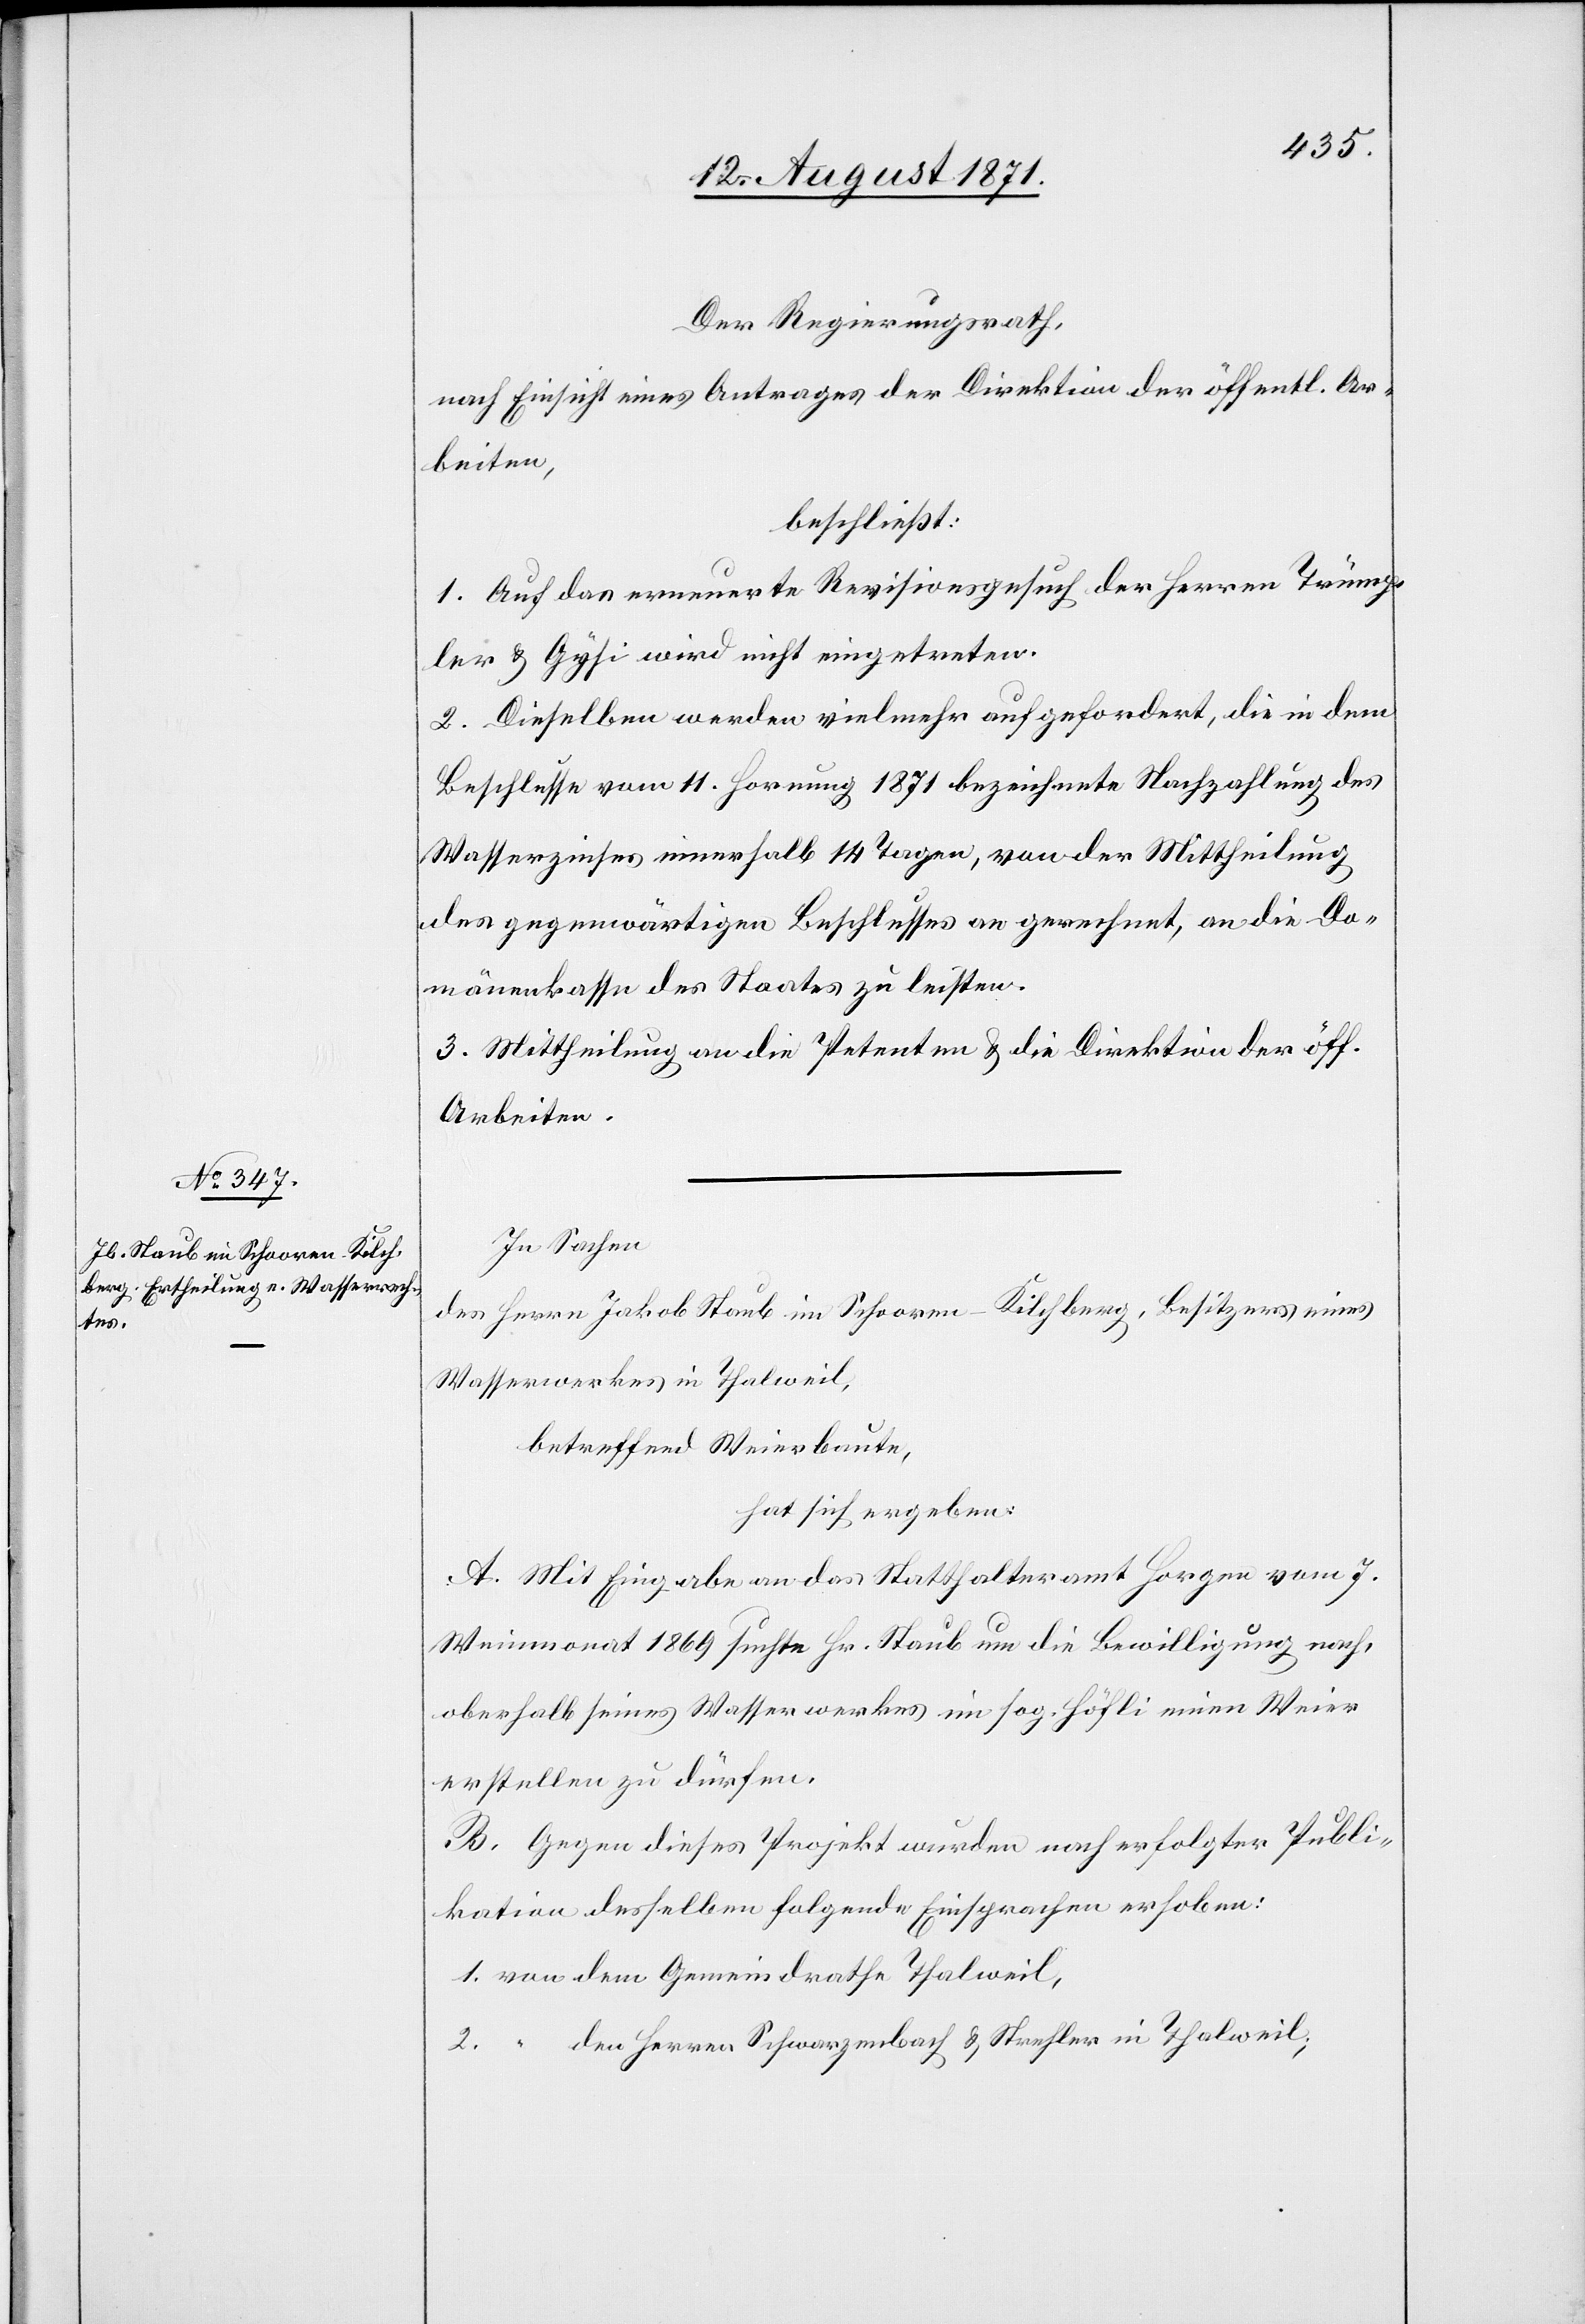
Der Regierungsrath,
nach Einsicht eines Antrages der Direktion der öffentl. Ar¬
beiten,
beschließt:
1. Auf das erneuerte Revisionsgesuch der Herren Trümp¬
ler & Gysi wird nicht eingetreten.
2. Dieselben werden vielmehr aufgefordert, die in dem
Beschlusse vom 11. Hornung 1871 bezeichnete Nachzahlung des
Wasserzinses innerhalb 14 Tagen, von der Mittheilung
des gegenwärtigen Beschlusses an gerechnet, an die Do¬
mänenkasse des Staates zu leisten.
3. Mittheilung an die Petenten & die Direktion der öff.
Arbeiten.
In Sachen
der Herren Jakob Staub in Schooren Kilchberg, Besitzer eines
Wasserwerkes in Thalweil,
betreffend Weierbaute,
hat sich ergeben:
A. Mit Eingabe an das Statthalteramt Horgen vom 7.
Weinmonat 1869 suchte Hr. Staub um die Bewilligung nach,
oberhalb seines Wasserwerkes im sog. Höfli einen Weier
erstellen zu dürfen.
B. Gegen dieses Projekt wurden nach erfolgter Publi¬
kation derselben folgende Einsprachen erhoben:
1. von dem Gemeindrathe Thalweil,
2. von den Herren Schwarzenbach & Nehler in Thalweil,